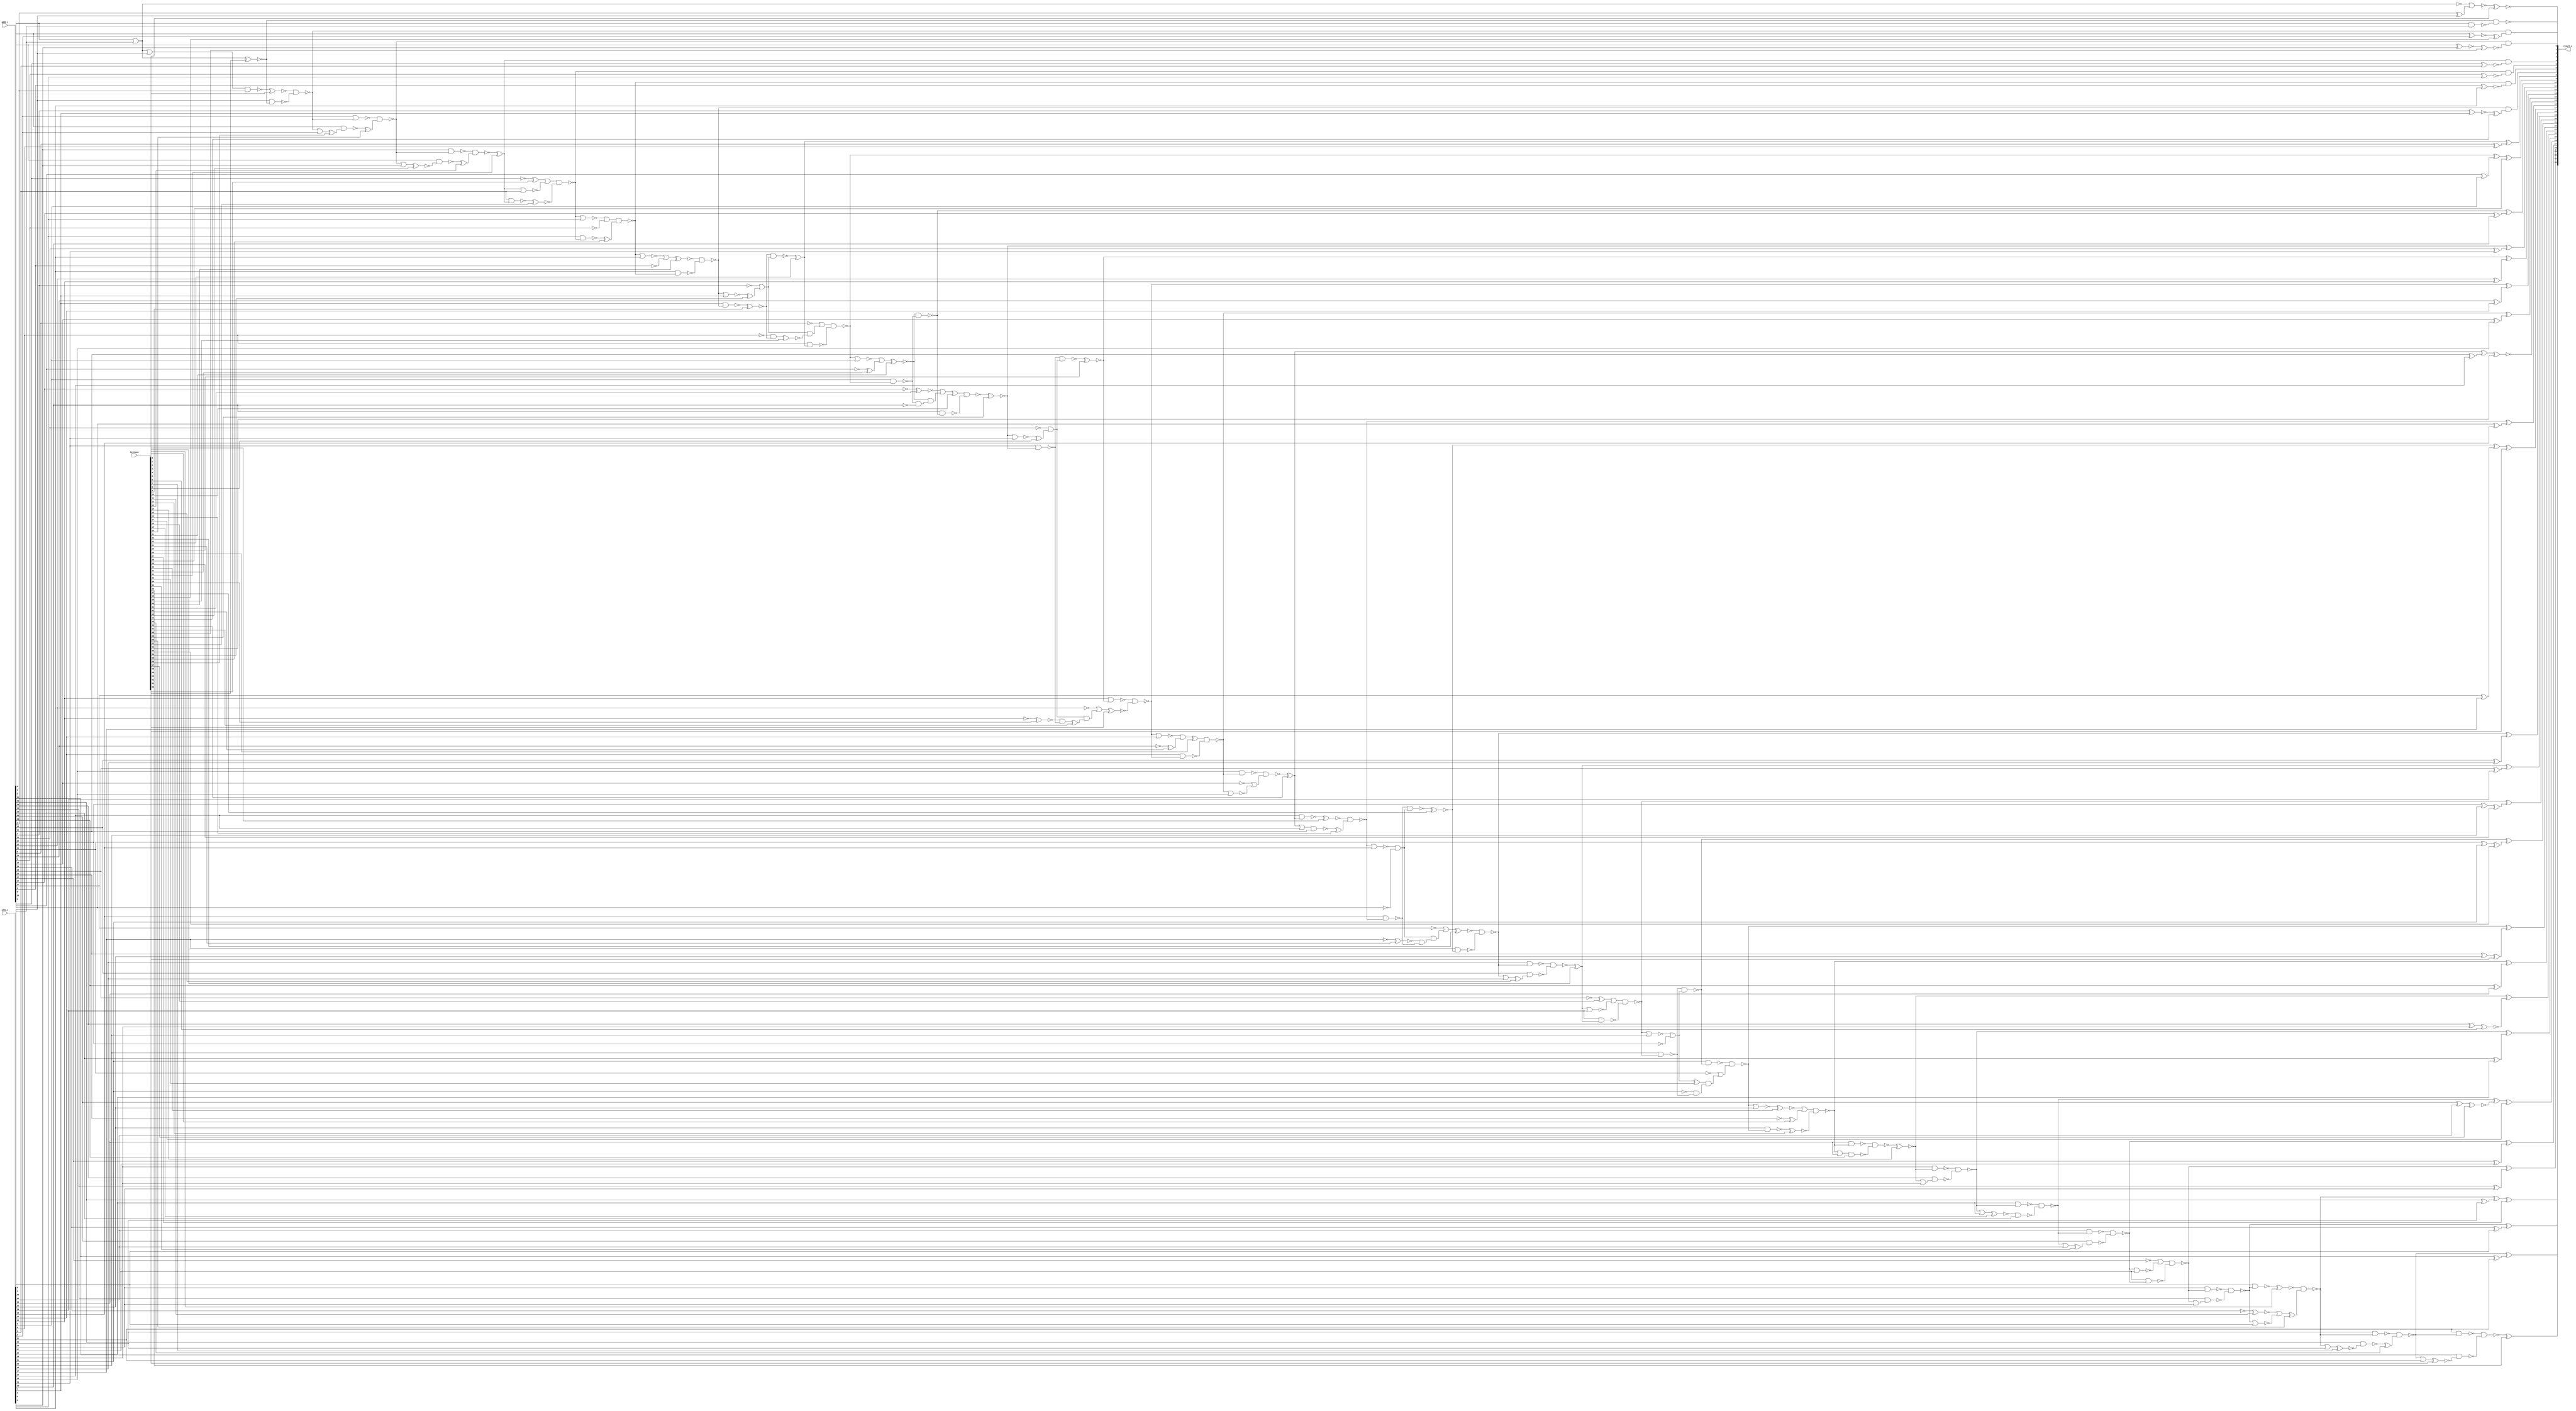
// Verilog File 
module xnor_based_carry_lookahead_adder32_xor_enc64(add1_i,add2_i,keyinput,result_o);

input [31:0] add1_i, add2_i;
input [63:0] keyinput;


output [32:0] result_o;

wire n412, n413, xenc28, xenc23, n415, n429, n430, n434, n435, 
xenc27, n439, n442, n446, n447, n451, n452, n456, xenc57, xenc17, 
n457, n461, n462, xenc14, xenc6, n467, n471, n472, n476, xenc59, 
n477, n481, xenc53, n482, n486, xenc29, n487, n493, xenc4, n494, 
n498, n499, xenc37, n504, xenc60, n508, n509, xenc46, n514, xenc52, 
n518, n519, n523, n524, xenc25, n529, xenc49, n534, n538, n539, 
n580, n586, n588, n582, xenc15, n496, n568, n584, n569, n511, 
xenc54, n570, xenc39, n617, n572, xenc9, n571, xenc8, n573, xenc47, 
n583, xenc34, n530, n574, n575, n589, n576, xenc33, n577, n585, 
n578, n483, n579, n616, n608, n547, n417, n581, n526, n479, 
n612, n626, n628, n614, n610, n618, n606, n624, n531, n587, 
n484, n602, n604, n622, xenc44, n590, n419, n591, n425, xenc48, 
n592, n441, xenc38, n593, xenc32, n594, n421, n595, n492, n620, 
xenc21, n596, n607, n540, n597, n623, n598, n599, n625, xenc24, 
n505, n600, n601, xenc1, n567, n603, n550, n605, xenc31, n541, 
xenc41, n536, n609, xenc42, n521, xenc30, xenc2, n474, n611, n613, 
n553, xenc18, n615, n489, n544, n619, n449, xenc63, n621, n556, 
n506, n501, n558, xenc13, n423, n561, xenc20, xenc43, n559, n627, 
n516, xenc11, n629, n437, xenc10, n535, n533, xenc56, n562, n414, 
n448, xenc62, n426, n427, xenc36, n478, xenc22, n500, n528, n564, 
n566, n515, n513, xenc51, xenc61, n431, xenc45, n463, n464, xenc7, 
n432, n436, n453, n455, n465, n468, n470, n473, n488, n520, 
n525, n543, n555, n563, n428, n433, n443, n445, n458, n460, 
n495, n510, n546, n549, n552, n560, n444, xenc3, xenc50, n459, 
xenc19, n454, xenc35, xenc12, n469, n466, n491, xenc5, xenc16, n503, 
xenc58, xenc26, xenc55, xenc40, xenc0, n565;

xor g0(xenc28, n412, n413);
xor g1(n413, add2_i[9], add1_i[9]);
xor g2(result_o[8], xenc23, n415);
xor g3(n415, add2_i[8], add1_i[8]);
xor g4(result_o[31], n429, n430);
xor g5(n430, add2_i[31], add1_i[31]);
xor g6(xenc27, n434, n435);
xor g7(n435, add2_i[30], add1_i[30]);
xor g8(result_o[29], n439, n442);
xor g9(n442, add2_i[29], add1_i[29]);
xor g10(result_o[28], n446, n447);
xor g11(n447, add2_i[28], add1_i[28]);
xor g12(result_o[27], n451, n452);
xor g13(n452, add2_i[27], add1_i[27]);
xor g14(xenc17, n456, xenc57);
xor g15(n457, add2_i[26], add1_i[26]);
xor g16(result_o[25], n461, n462);
xor g17(n462, add2_i[25], add1_i[25]);
xor g18(result_o[24], xenc14, xenc6);
xor g19(n467, add2_i[24], add1_i[24]);
xor g20(result_o[23], n471, n472);
xor g21(n472, add2_i[23], add1_i[23]);
xor g22(result_o[22], n476, xenc59);
xor g23(n477, add2_i[22], add1_i[22]);
xor g24(result_o[21], n481, xenc53);
xor g25(n482, add2_i[21], add1_i[21]);
xor g26(result_o[20], n486, xenc29);
xor g27(n487, add2_i[20], add1_i[20]);
xor g28(n493, add2_i[1], add1_i[1]);
xor g29(result_o[19], xenc4, n494);
xor g30(n494, add2_i[19], add1_i[19]);
xor g31(result_o[18], n498, n499);
xor g32(n499, add2_i[18], add1_i[18]);
xor g33(xenc60, xenc37, n504);
xor g34(n504, add2_i[17], add1_i[17]);
xor g35(result_o[16], n508, n509);
xor g36(n509, add2_i[16], add1_i[16]);
xor g37(xenc52, xenc46, n514);
xor g38(n514, add2_i[15], add1_i[15]);
xor g39(result_o[14], n518, n519);
xor g40(n519, add2_i[14], add1_i[14]);
xor g41(result_o[13], n523, n524);
xor g42(n524, add2_i[13], add1_i[13]);
xor g43(result_o[12], xenc25, n529);
xor g44(n529, add2_i[12], add1_i[12]);
xor g45(result_o[11], xenc49, n534);
xor g46(n534, add2_i[11], add1_i[11]);
xor g47(result_o[10], n538, n539);
xor g48(n539, add2_i[10], add1_i[10]);
not g49(n580, add2_i[7]);
not g50(n586, add2_i[11]);
not g51(n588, add2_i[20]);
not g52(n582, add2_i[12]);
nand g53(n496, add2_i[18], xenc15);
or g54(n568, n498, add1_i[18]);
not g55(n584, add2_i[21]);
nand g56(n511, n569, add2_i[15]);
or g57(n569, xenc46, add1_i[15]);
or g58(n570, xenc54, n580);
and g59(n617, n570, xenc39);
and g60(n571, n572, xenc9);
not g61(n572, add1_i[8]);
or g62(n573, xenc8, n586);
and g63(n583, n573, xenc47);
and g64(n574, xenc34, n530);
not g65(n575, add1_i[12]);
or g66(n576, n589, n588);
and g67(n585, xenc33, n577);
and g68(n577, n578, n483);
not g69(n578, add1_i[21]);
or g70(n579, add2_i[0], add1_i[0]);
not g71(n616, add2_i[8]);
not g72(n608, add2_i[13]);
or g73(n547, n580, xenc54);
nor g74(n581, n417, add1_i[7]);
or g75(n526, n582, n583);
or g76(n479, n584, n585);
not g77(n612, add2_i[5]);
not g78(n626, add2_i[14]);
not g79(n628, add2_i[29]);
not g80(n614, add2_i[19]);
not g81(n610, add2_i[22]);
not g82(n618, add2_i[27]);
not g83(n606, add2_i[10]);
not g84(n624, add2_i[17]);
or g85(n531, n586, xenc8);
nor g86(n587, xenc49, add1_i[11]);
or g87(n484, n588, n589);
nor g88(n589, n486, add1_i[20]);
not g89(n602, add2_i[6]);
not g90(n604, add2_i[9]);
not g91(n622, add2_i[16]);
and g92(result_o[7], n417, xenc44);
xnor g93(n590, add2_i[7], add1_i[7]);
and g94(result_o[6], n419, n591);
xnor g95(n591, add2_i[6], add1_i[6]);
and g96(result_o[3], n425, xenc48);
xnor g97(n592, add2_i[3], add1_i[3]);
and g98(result_o[2], n441, xenc38);
xnor g99(n593, add2_i[2], add1_i[2]);
and g100(result_o[4], xenc32, n594);
xnor g101(n594, add2_i[4], add1_i[4]);
and g102(result_o[5], n421, n595);
xnor g103(n595, add2_i[5], add1_i[5]);
nor g104(n492, add2_i[0], add1_i[0]);
not g105(n620, add2_i[4]);
and g106(n607, xenc21, n596);
and g107(n596, n540, n597);
not g108(n597, add1_i[10]);
or g109(n598, n623, n622);
and g110(n625, n598, n599);
and g111(n599, xenc24, n505);
not g112(n600, add1_i[17]);
or g113(n601, add2_i[0], add1_i[0]);
nor g114(xenc1, n492, n493);
nand g115(n567, add2_i[0], add1_i[0]);
or g116(n550, n603, n602);
nor g117(n603, n419, add1_i[6]);
or g118(n541, n605, xenc31);
nor g119(n605, n412, add1_i[9]);
or g120(n536, xenc41, n607);
or g121(n521, n609, xenc42);
nor g122(n609, n523, add1_i[13]);
or g123(n474, xenc30, xenc2);
nor g124(n611, n476, add1_i[22]);
or g125(n553, n613, n612);
nor g126(n613, n421, add1_i[5]);
or g127(n489, xenc18, n615);
nor g128(n615, xenc4, add1_i[19]);
or g129(n544, n616, n617);
or g130(n449, n618, n619);
nor g131(n619, n451, add1_i[27]);
or g132(n556, xenc63, n621);
nor g133(n621, xenc32, add1_i[4]);
or g134(n506, n622, n623);
nor g135(n623, n508, add1_i[16]);
or g136(n501, n624, n625);
nand g137(n423, n558, xenc13);
nand g138(n425, n561, xenc20);
nand g139(n559, add2_i[3], xenc43);
or g140(n516, n626, n627);
nor g141(n627, n518, add1_i[14]);
or g142(n437, xenc11, n629);
nor g143(n629, n439, add1_i[29]);
nand g144(n481, n483, n484);
nand g145(n533, xenc10, n535);
nand g146(n562, add2_i[2], xenc56);
nand g147(n414, xenc9, n547);
nand g148(n446, n449, n448);
nand g149(result_o[0], xenc62, n567);
nand g150(xenc36, n426, n427);
nand g151(n476, n478, n479);
nand g152(n498, xenc22, n500);
nand g153(n528, n530, n531);
nand g154(n564, add1_i[1], xenc62);
or g155(n566, n601, add1_i[1]);
nand g156(n513, n515, n516);
nand g157(n421, n556, xenc51);
nand g158(n427, add2_i[31], xenc61);
nand g159(n429, n431, xenc45);
nand g160(n461, n463, n464);
nand g161(n432, add2_i[30], xenc7);
nand g162(n436, add1_i[29], n439);
nand g163(n453, add1_i[26], n456);
or g164(n455, n456, add1_i[26]);
nand g165(n464, add2_i[24], n465);
nand g166(n468, add1_i[23], n471);
or g167(n470, n471, add1_i[23]);
nand g168(n473, add1_i[22], n476);
nand g169(n488, add1_i[19], xenc4);
nand g170(n505, add1_i[16], n508);
nand g171(n520, add1_i[13], n523);
nand g172(n525, add1_i[12], xenc25);
nand g173(n540, add1_i[9], n412);
nand g174(n543, add1_i[8], xenc23);
nand g175(n555, add1_i[4], xenc32);
nand g176(n561, add1_i[2], n441);
or g177(n563, n441, add1_i[2]);
nand g178(n426, add1_i[31], n429);
or g179(n428, n429, add1_i[31]);
nand g180(n431, add1_i[30], n434);
or g181(n433, n434, add1_i[30]);
nand g182(n443, add1_i[28], n446);
or g183(n445, n446, add1_i[28]);
nand g184(n448, add1_i[27], n451);
nand g185(n458, add1_i[25], n461);
or g186(n460, n461, add1_i[25]);
nand g187(n463, add1_i[24], xenc14);
or g188(n465, xenc14, add1_i[24]);
nand g189(n478, add1_i[21], n481);
nand g190(n483, add1_i[20], n486);
nand g191(n495, add1_i[18], n498);
nand g192(n500, add1_i[17], xenc37);
nand g193(n510, add1_i[15], xenc46);
nand g194(n515, add1_i[14], n518);
nand g195(n530, add1_i[11], xenc49);
nand g196(n535, add1_i[10], n538);
nand g197(n546, add1_i[7], n417);
nand g198(n549, add1_i[6], n419);
nand g199(n552, add1_i[5], n421);
nand g200(n558, add1_i[3], n425);
or g201(n560, n425, add1_i[3]);
nand g202(n439, n443, n444);
nand g203(n444, add2_i[28], n445);
nand g204(n434, xenc3, xenc50);
nand g205(n456, n458, n459);
nand g206(n459, xenc19, add2_i[25]);
nand g207(n451, n453, n454);
nand g208(n454, add2_i[26], xenc35);
nand g209(n471, n474, xenc12);
nand g210(n466, n468, n469);
nand g211(n469, n470, add2_i[23]);
nand g212(n491, n495, n496);
nand g213(n486, n489, n488);
nand g214(n508, xenc5, xenc16);
nand g215(n503, n505, n506);
nand g216(n523, n525, xenc58);
nand g217(n518, xenc26, n520);
nand g218(n412, n544, n543);
nand g219(n538, xenc21, n540);
nand g220(n419, n553, xenc55);
nand g221(n417, xenc40, n549);
nand g222(n441, xenc0, n564);
nand g223(n565, n566, add2_i[1]);
xnor g224(xenc0, n565, keyinput[0]);
xnor g225(result_o[1], xenc1, keyinput[1]);
xor g226(xenc2, n610, keyinput[2]);
xnor g227(xenc3, n436, keyinput[3]);
xor g228(xenc4, n491, keyinput[4]);
xnor g229(xenc5, n510, keyinput[5]);
xnor g230(xenc6, n467, keyinput[6]);
xnor g231(xenc7, n433, keyinput[7]);
xor g232(xenc8, n587, keyinput[8]);
xnor g233(xenc9, n546, keyinput[9]);
xor g234(xenc10, n536, keyinput[10]);
xnor g235(xenc11, n628, keyinput[11]);
xnor g236(xenc12, n473, keyinput[12]);
xor g237(xenc13, n559, keyinput[13]);
xnor g238(xenc14, n466, keyinput[14]);
xor g239(xenc15, n568, keyinput[15]);
xor g240(xenc16, n511, keyinput[16]);
xor g241(result_o[26], xenc17, keyinput[17]);
xor g242(xenc18, n614, keyinput[18]);
xnor g243(xenc19, n460, keyinput[19]);
xor g244(xenc20, n562, keyinput[20]);
xnor g245(xenc21, n541, keyinput[21]);
xnor g246(xenc22, n501, keyinput[22]);
xor g247(xenc23, n414, keyinput[23]);
xnor g248(xenc24, n600, keyinput[24]);
xnor g249(xenc25, n528, keyinput[25]);
xor g250(xenc26, n521, keyinput[26]);
xor g251(result_o[30], xenc27, keyinput[27]);
xor g252(result_o[9], xenc28, keyinput[28]);
xor g253(xenc29, n487, keyinput[29]);
xnor g254(xenc30, n611, keyinput[30]);
xor g255(xenc31, n604, keyinput[31]);
xor g256(xenc32, n423, keyinput[32]);
xor g257(xenc33, n576, keyinput[33]);
xnor g258(xenc34, n575, keyinput[34]);
xor g259(xenc35, n455, keyinput[35]);
xor g260(result_o[32], xenc36, keyinput[36]);
xnor g261(xenc37, n503, keyinput[37]);
xor g262(xenc38, n593, keyinput[38]);
xnor g263(xenc39, n571, keyinput[39]);
xnor g264(xenc40, n550, keyinput[40]);
xnor g265(xenc41, n606, keyinput[41]);
xor g266(xenc42, n608, keyinput[42]);
xnor g267(xenc43, n560, keyinput[43]);
xor g268(xenc44, n590, keyinput[44]);
xor g269(xenc45, n432, keyinput[45]);
xor g270(xenc46, n513, keyinput[46]);
xor g271(xenc47, n574, keyinput[47]);
xnor g272(xenc48, n592, keyinput[48]);
xnor g273(xenc49, n533, keyinput[49]);
xor g274(xenc50, n437, keyinput[50]);
xnor g275(xenc51, n555, keyinput[51]);
xnor g276(result_o[15], xenc52, keyinput[52]);
xor g277(xenc53, n482, keyinput[53]);
xor g278(xenc54, n581, keyinput[54]);
xor g279(xenc55, n552, keyinput[55]);
xor g280(xenc56, n563, keyinput[56]);
xnor g281(xenc57, n457, keyinput[57]);
xnor g282(xenc58, n526, keyinput[58]);
xor g283(xenc59, n477, keyinput[59]);
xor g284(result_o[17], xenc60, keyinput[60]);
xnor g285(xenc61, n428, keyinput[61]);
xnor g286(xenc62, n579, keyinput[62]);
xor g287(xenc63, n620, keyinput[63]);
endmodule